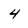
Character: 4